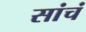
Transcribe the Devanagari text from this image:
सांचं